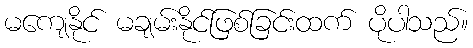
မကျေနိုင် မချမ်းနိုင်ဖြစ်ခြင်းထက် ပိုပါသည်။